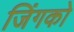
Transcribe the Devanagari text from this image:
जिंगको